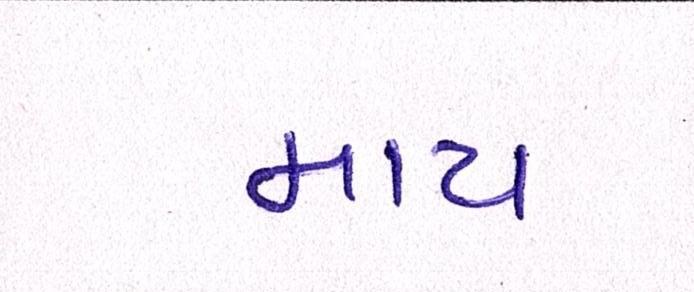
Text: માય